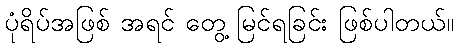
ပုံရိပ်အဖြစ် အရင် တွေ့ မြင်ရခြင်း ဖြစ်ပါတယ်။